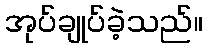
အုပ်ချုပ်ခဲ့သည်။